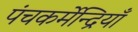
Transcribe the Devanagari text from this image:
पंचकर्मेन्द्रियाँ